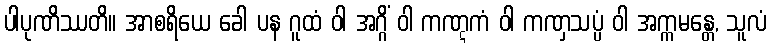
ပါပုဏိဿတိ။ အာစရိယေ ခေါ ပန ဂူထံ ဝါ အဂ္ဂိံ ဝါ ကဏ္ဋကံ ဝါ ကဏှသပ္ပံ ဝါ အက္ကမန္တေ, သူလံ